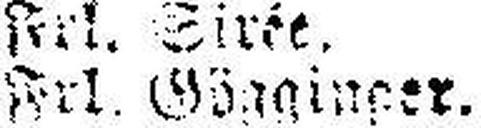
Frl. Gögginger.